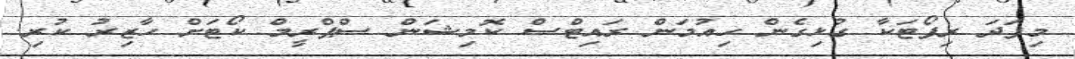
މިފަދަ ރިޕޯޓަކާ ގުޅިގެން ހިއުމަން ރައިޓްސް ކޮމިޝަން ސްޕްރީމް ކޯޓަށް ހާޒިރު ކުރި.